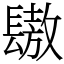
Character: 䦋